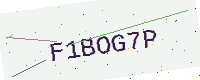
Text: F1BOG7P